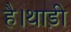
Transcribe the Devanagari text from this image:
है।थाड़ी